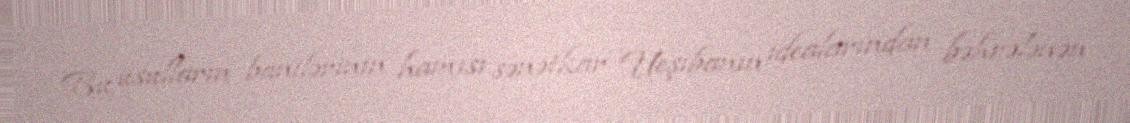
Bu üsulların banilərinin hamısı sənətkar Ueşibanın idealarından bəhrələnən